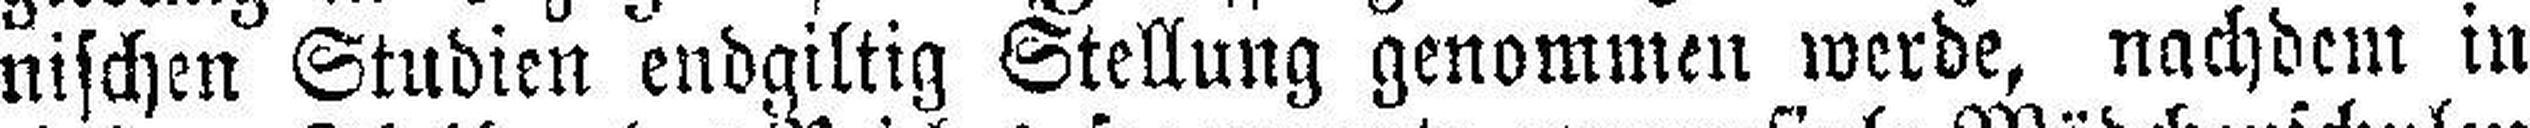
nischen Studien endgiltig Stellung genommen werde, nachdem in